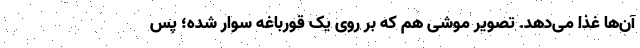
آن‌ها غذا می‌دهد. تصویر موشی هم که بر روی یک قورباغه سوار شده؛ پس